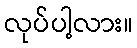
လုပ်ပါ့လား။